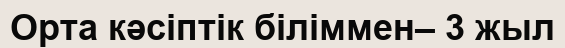
Орта кәсіптік біліммен– 3 жыл